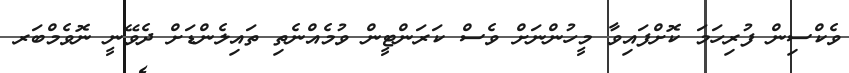
ވެކްސިން ފުރިހަމަ ކޮށްފައިވާ މީހުންނަށް ވެސް ކަރަންޓީން ވުމެއްނެތި ތައިލެންޑަށް ދެވޭނީ ނޮވެމްބަރ